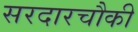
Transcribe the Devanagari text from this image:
सरदारचौकी